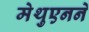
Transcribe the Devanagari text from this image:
मेथुएनने